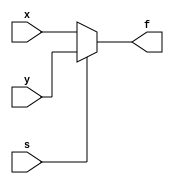
`timescale 1ns / 1ps
//////////////////////////////////////////////////////////////////////////////////
// Company: 
// Engineer: 
// 
// Design Name: 
// Module Name: mux_2x1_simple
// Project Name: 
// Target Devices: 
// Tool Versions: 
// Description: 
// 
// Dependencies: 
// 
// Revision:
// Revision 0.01 - File Created
// Additional Comments:
// 
//////////////////////////////////////////////////////////////////////////////////

module mux_2x1_simple(
    input x, y, s,
    output reg f
    );
    
    always @(x, y, s)
    
    begin 
        if (s)
        begin
            f=y;
        end
        else
        begin
            f=x;
        end
    
    end


endmodule